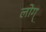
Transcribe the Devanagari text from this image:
लोग्